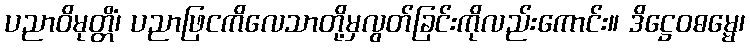
ပညာဝိမုတ္တိံ၊ ပညာဖြငကိလေသာတို့မှလွတ်ခြင်းကိုလည်းကောင်း။ ဒိဋ္ဌေဝဓမ္မေ၊